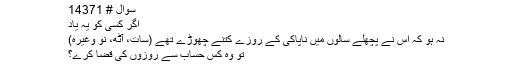
سوال # 14371
اگر کسی کو یہ یاد
نہ ہو کہ اس نے پچھلے سالوں میں ناپاکی کے روزے کتنے چھوڑے تھے (سات، آٹھ، نو وغیرہ)
تو وہ کس حساب سے روزوں کی قضا کرے؟